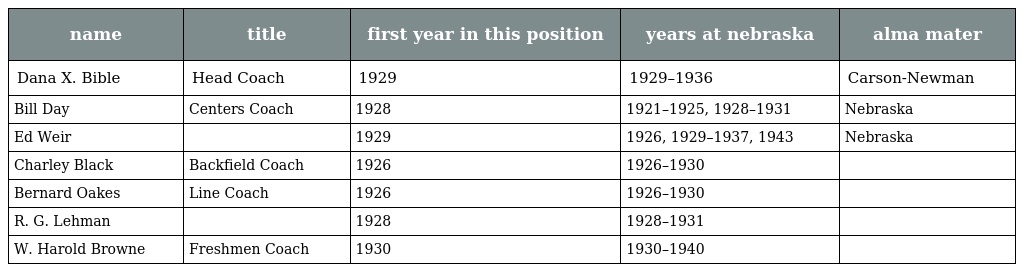
| name | title | first year in this position | years at nebraska | alma mater |
 | --- | --- | --- | --- | --- |
 | Dana X. Bible | Head Coach | 1929 | 1929–1936 | Carson-Newman |
 | Bill Day | Centers Coach | 1928 | 1921–1925, 1928–1931 | Nebraska |
 | Ed Weir |  | 1929 | 1926, 1929–1937, 1943 | Nebraska |
 | Charley Black | Backfield Coach | 1926 | 1926–1930 |  |
 | Bernard Oakes | Line Coach | 1926 | 1926–1930 |  |
 | R. G. Lehman |  | 1928 | 1928–1931 |  |
 | W. Harold Browne | Freshmen Coach | 1930 | 1930–1940 |  |